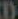
)